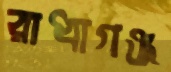
রাধাগঞ্জ